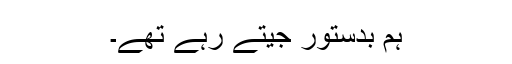
ہم بدستور جیتے رہے تھے۔